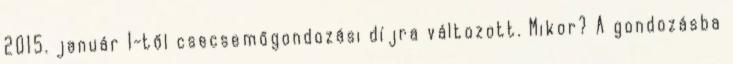
2015. január 1-től csecsemőgondozási díjra változott. Mikor? A gondozásba